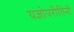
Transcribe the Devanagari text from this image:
यज्ञोपरीतिनी